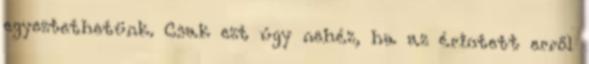
egyeztethetünk. Csak ezt úgy nehéz, ha az érintett erről